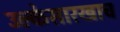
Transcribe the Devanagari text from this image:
उल्केसारखाच